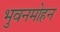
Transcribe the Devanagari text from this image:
भुवनमोहन